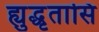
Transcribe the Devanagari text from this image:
ह्युद्धृतासि